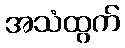
အသံထွက်